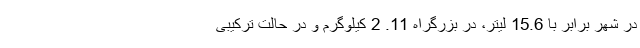
در شهر برابر با 15.6 لیتر، در بزرگراه 11. 2 کیلوگرم و در حالت ترکیبی